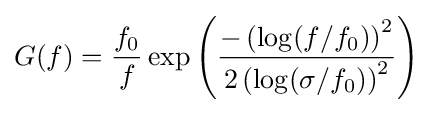
G(f)={\frac {f_{0}}{f}}\exp \left({\frac {-\left(\log(f/f_{0})\right)^{2}}{2\left(\log(\sigma /f_{0})\right)^{2}}}\right)